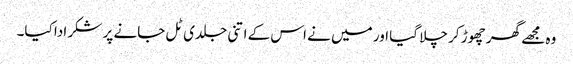
وہ مجھے گھر چھوڑ کر چلا گیا اور میں نے اس کے اتنی جلدی ٹل جانے پر شکر ادا کیا۔